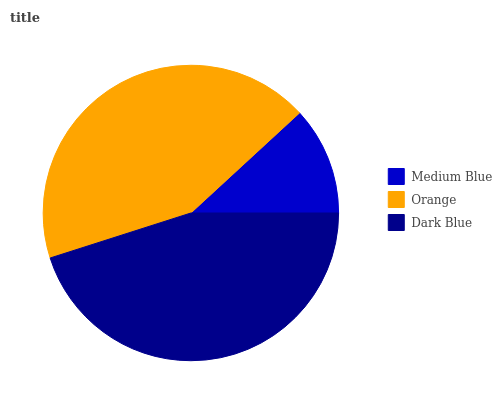
| Medium Blue | Orange | Dark Blue |
 | --- | --- | --- |
 | 11.8% | 43.1% | 45% |